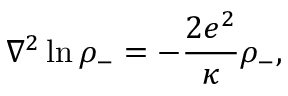
{ \nabla } ^ { 2 } \ln { { \rho } _ { - } } = - { \frac { 2 e ^ { 2 } } { \kappa } } { \rho } _ { - } ,